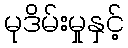
မုဒိမ်းမှုနှင့်